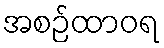
အစဉ်ထာဝရ